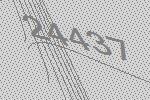
24437